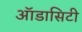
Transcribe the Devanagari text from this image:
ऑडासिटी